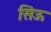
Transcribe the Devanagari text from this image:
सिऊ